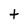
Character: t